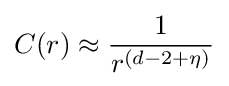
C(r)\approx {\frac {1}{r^{(d-2+\eta )}}}